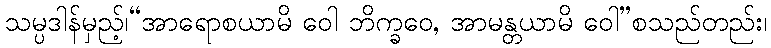
သမ္ပဒါန်မှည့်၊“အာရောစယာမိ ဝေါ ဘိက္ခဝေ, အာမန္တယာမိ ဝေါ”စသည်တည်း၊